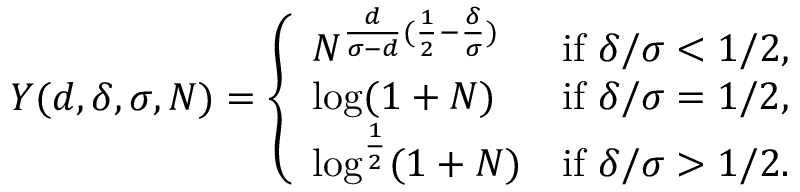
\begin{array} { r l } & { Y ( d , \delta , \sigma , N ) = \left\{ \begin{array} { l l } { N ^ { \frac { d } { \sigma - d } ( \frac 1 2 - \frac \delta \sigma ) } } & { \mathrm { i f ~ } \delta / \sigma < 1 / 2 , } \\ { \log ( 1 + N ) } & { \mathrm { i f ~ } \delta / \sigma = 1 / 2 , } \\ { \log ^ { \frac { 1 } { 2 } } ( 1 + N ) } & { \mathrm { i f ~ } \delta / \sigma > 1 / 2 . } \end{array} \right. } \end{array}